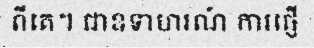
ពីគេ។ ជាឧទាហរណ៍ ការផ្ញើ